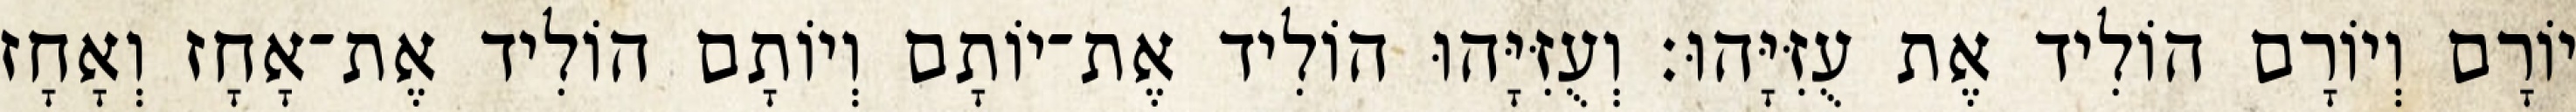
יוֹרָם וְיוֹרָם הוֹלִיד אֶת עֻזִּיָּהוּ׃ וְעֻזִּיָּהוּ הוֹלִיד אֶת־יוֹתָם וְיוֹתָם הוֹלִיד אֶת־אָחָז וְאָחָז